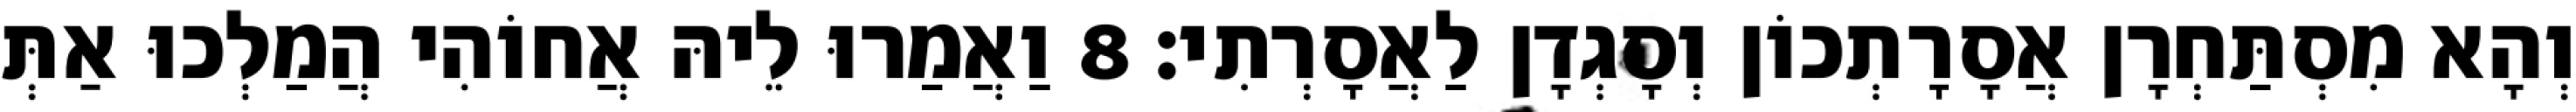
וְהָא מִסְתַּחְרָן אֲסָרָתְכוֹן וְסָגְדָן לַאֲסָרְתִי׃ 8 וַאֲמַרוּ לֵיהּ אֲחוֹהִי הֲמַלְכוּ אַתְּ